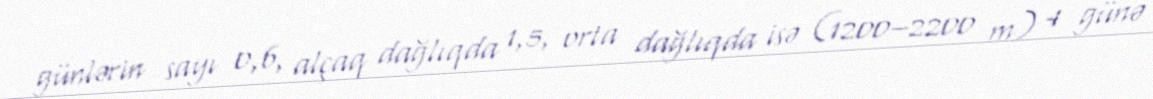
günlərin sayı 0,6, alçaq dağlıqda 1,5, orta dağlıqda isə (1200–2200 m) 4 günə